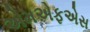
એમએફએસ